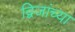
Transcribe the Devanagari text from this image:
द्विजांच्या